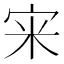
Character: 宩